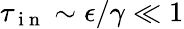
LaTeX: \tau_{\mathrm{~i~n~}}\sim\epsilon/\gamma\ll 1